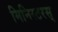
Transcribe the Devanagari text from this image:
मिनिस्टरस्